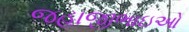
જહાજીભાઇઓ